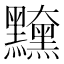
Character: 𪒻